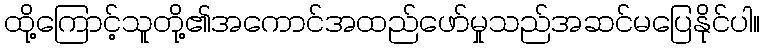
ထို့ကြောင့်သူတို့၏အကောင်အထည်ဖော်မှုသည်အဆင်မပြေနိုင်ပါ။